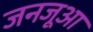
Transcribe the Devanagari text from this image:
जनजूआ